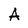
Character: A